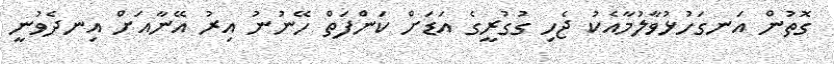
ގޮތުން އަނގަހުޅުވާލުމާއެކު ޖެހި ގުގުރީގެ އަޑަށް ކަންފަތް ހޭނުނު އިރު އޭނާއަށް އިނދެވުނީ